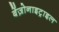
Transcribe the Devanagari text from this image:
बेंज़ोनाइट्राइल